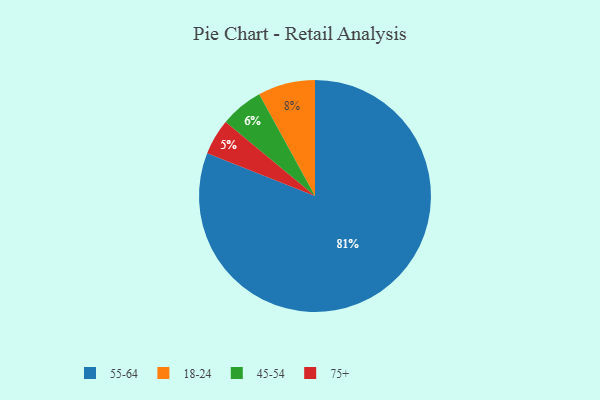
{"axis": {"x": "Category", "y": "Percentage"}, "legend": ["18-24", "45-54", "55-64", "75+"], "data": [{"x": "45-54", "y": 6, "type": "45-54"}, {"x": "18-24", "y": 8, "type": "18-24"}, {"x": "75+", "y": 5, "type": "75+"}, {"x": "55-64", "y": 81, "type": "55-64"}]}